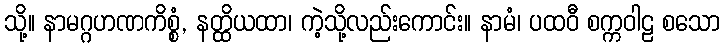
သို့။ နာမဂ္ဂဟဏကိစ္စံ, နတ္ထိယထာ၊ ကဲ့သို့လည်းကောင်း။ နာမံ၊ ပထဝီ စက္ကဝါဠ စသော